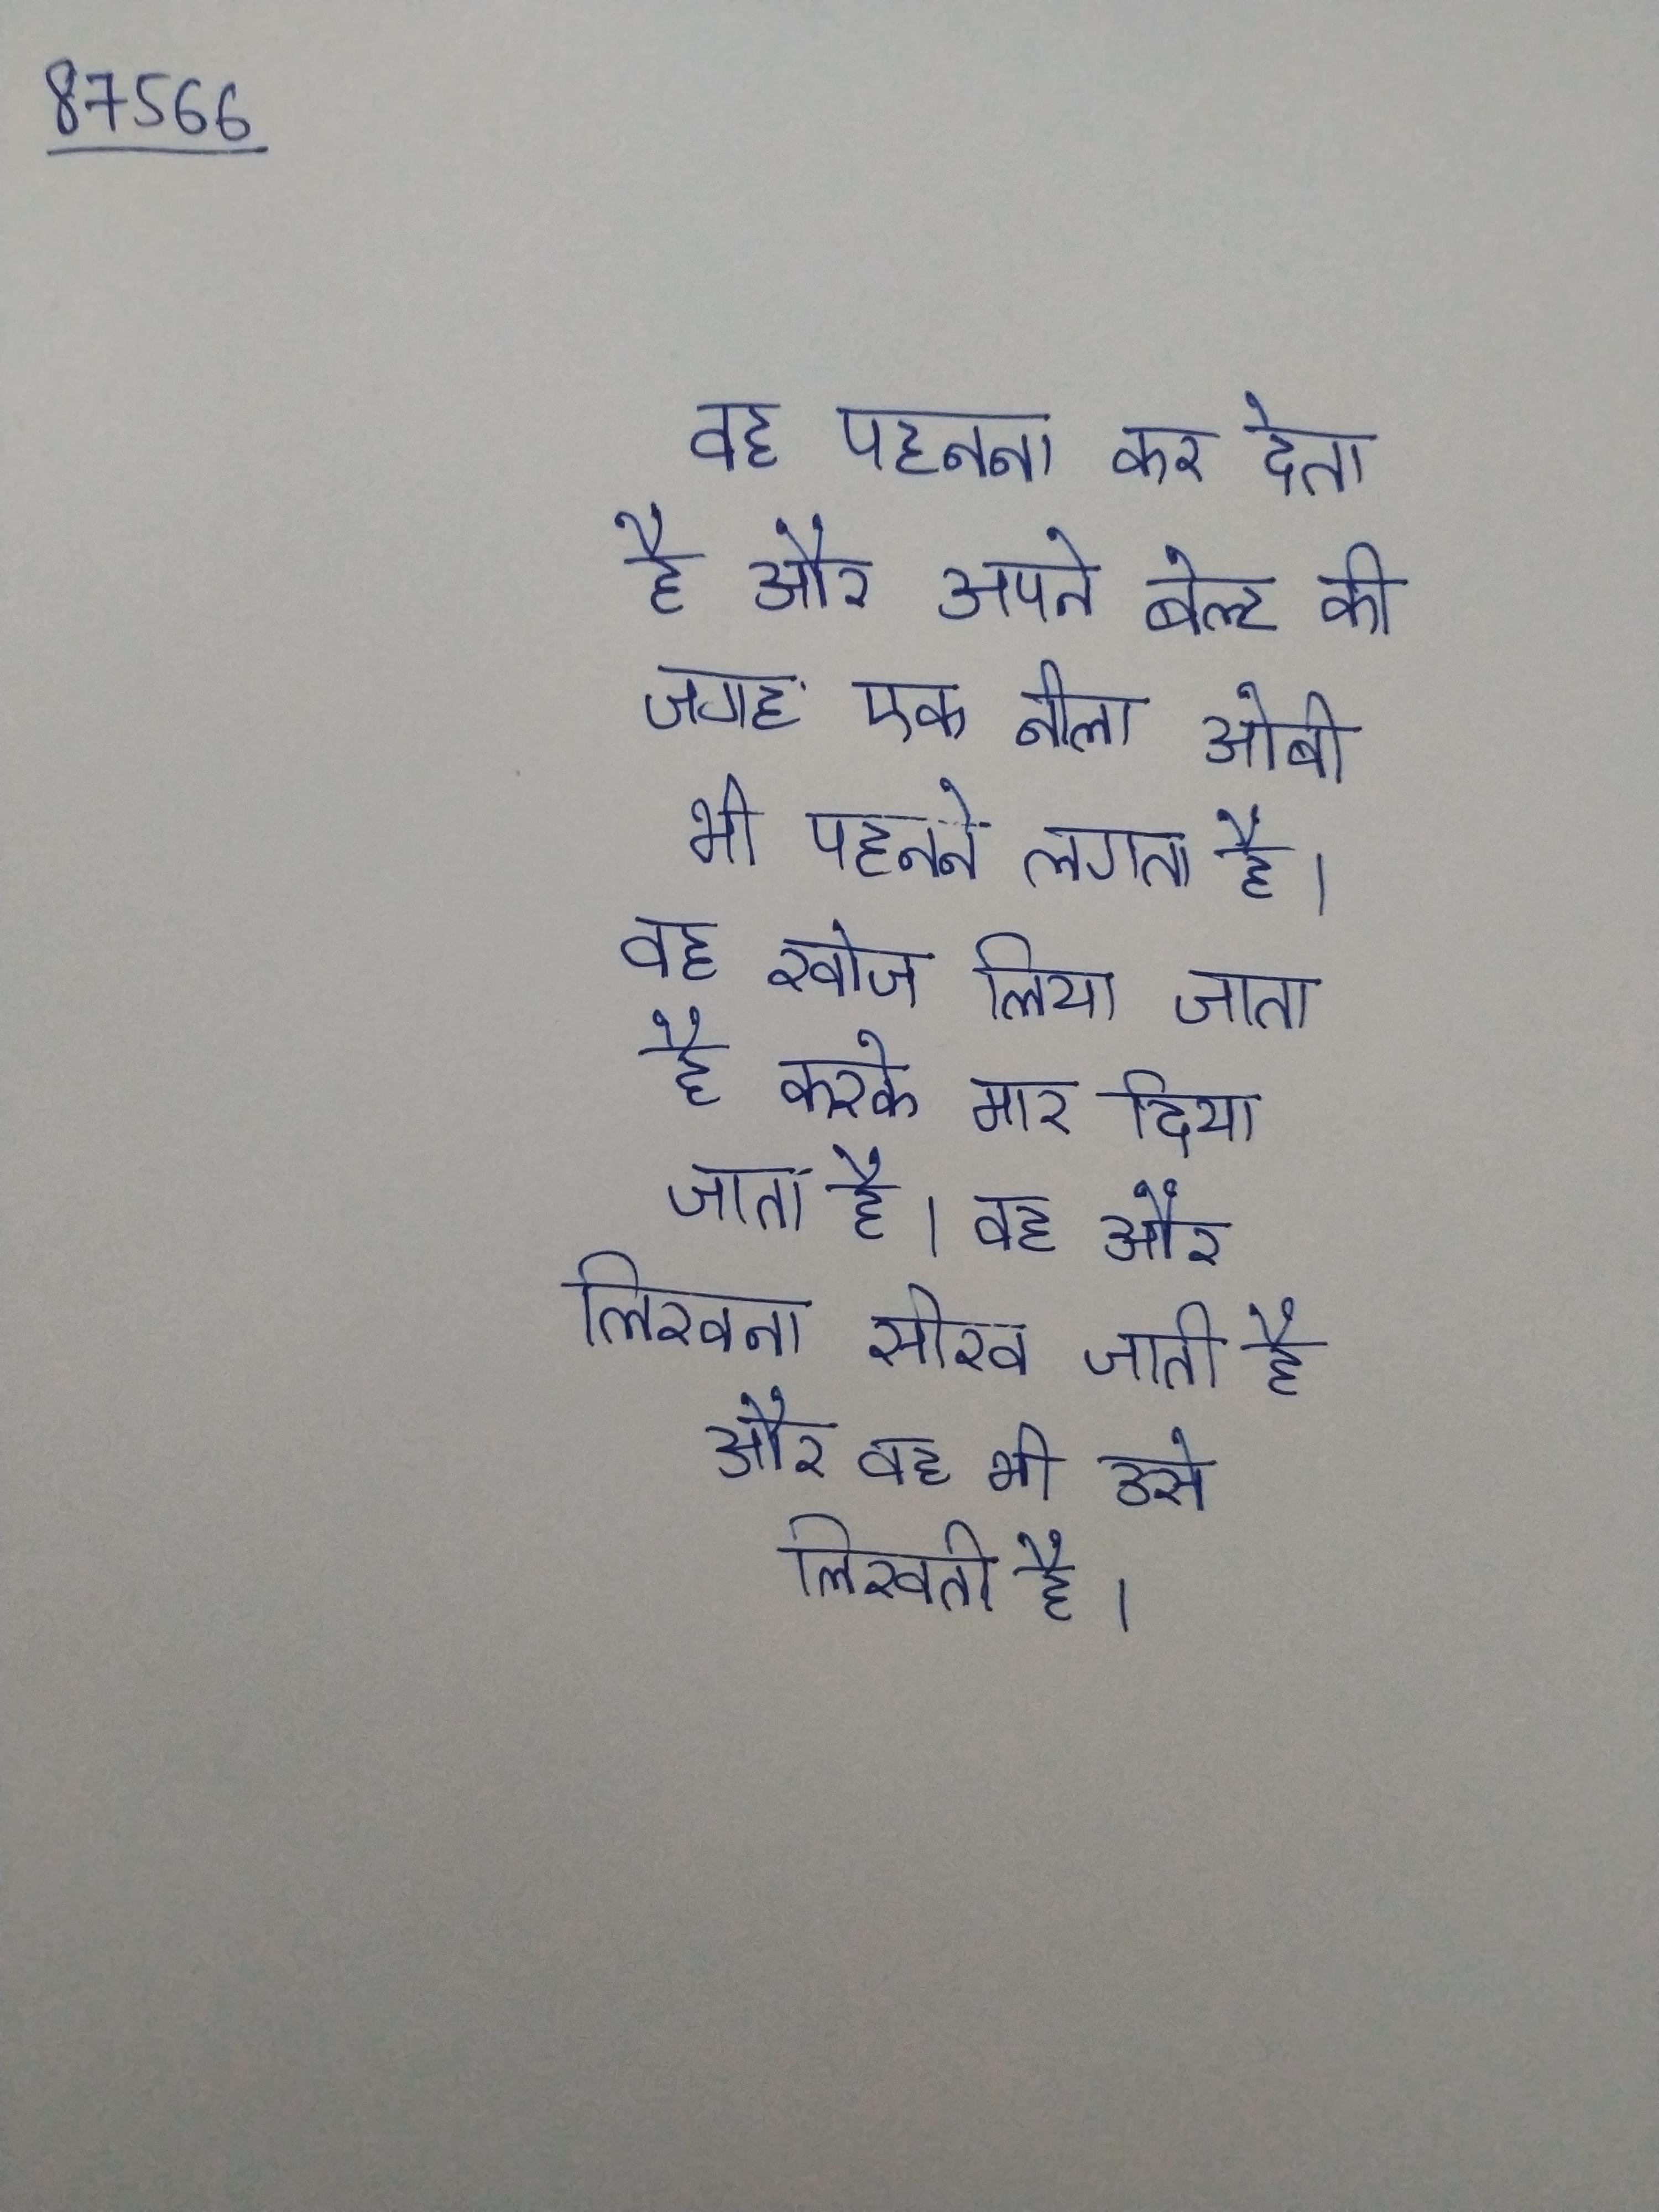
वह पहनना कर देता है और अपने बेल्ट की जगह एक नीला ओबी भी पहनने लगता है । वह खोज लिया जाता है, करके मार दिया जाता है । वह और लिखना सीख जाती है और वह भी उसे लिखती है ।